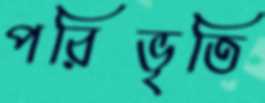
পরিভৃতি